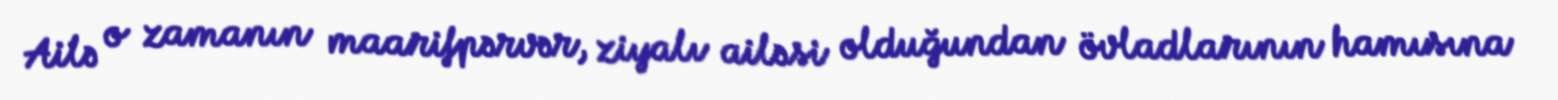
Ailə o zamanın maarifpərvər, ziyalı ailəsi olduğundan övladlarının hamısına